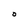
Character: 0